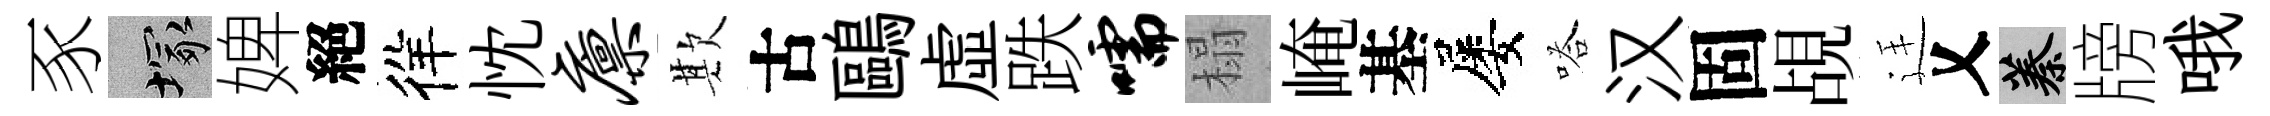
豕塚婢絕徉忱廪欺古鷗虛跌嚅榻崦基屡嗒汉固覘廷乂蓁牓哦